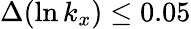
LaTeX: {\Delta}(\ln k_{x})\leq 0.05